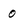
Character: 0